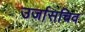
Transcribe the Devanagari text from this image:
उर्जासचिव